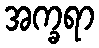
အက္ခရာ